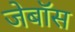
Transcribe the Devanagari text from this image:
जेबॉस